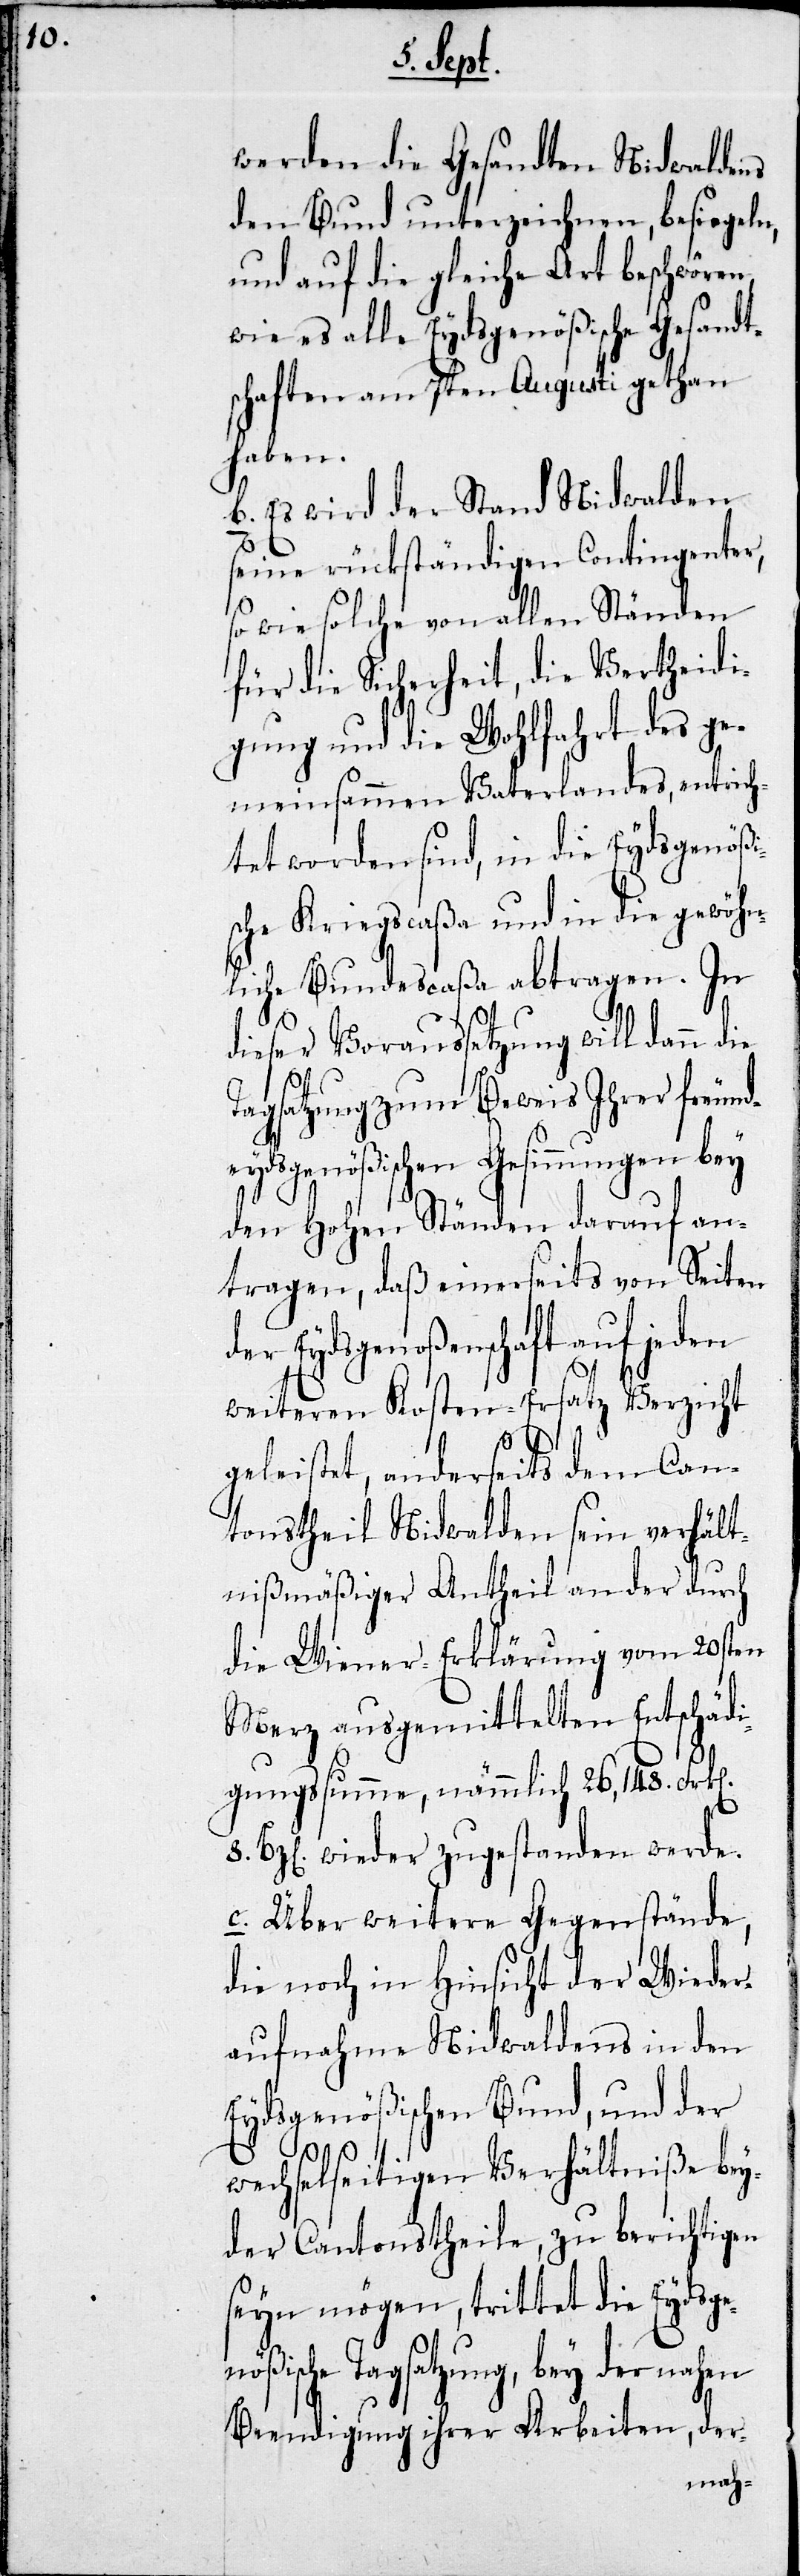
werden die Gesandten Nidwaldens
den Bund unterzeichnen, besiegeln,
und auf die gleiche Art beschwören,
wie es alle Eydsgenößische Gesandt¬
schaften am 7ten Augusti gethan
haben.
b. Es wird der Stand Nidwalden
seine rückständigen Contingenter,
so wie solche von allen Ständen
für die Sicherheit, die Vertheidi¬
gung und die Wohlfahrt des ge¬
meinsammen Vaterlandes, entrich¬
tet worden sind, in die Eydsgenößi¬
sche Kriegscaßa und in die gewöhn¬
liche Bundescaßa abtragen. In
n].
dieser Voraussetzung will dann die
Tagsatzung zum Beweis Ihrer freund¬
eydsgenößischen Gesinnungen bey
den Hohen Ständen darauf an¬
tragen, daß einerseits von Seiten
er Eydsgenoßenschaft auf jeden
weiteren Kosten-Ersatz Verzicht
geleistet, anderseits dem Can¬
tonstheil Nidwalden sein verhält¬
nißmäßiger Antheil an der durch
die Wiener-Erklärung vom 20sten
Merz ausgemittelten Entschädi¬
gungssumme, nämmlich 26,148. Frk[e¬
8. Bz[en]. wieder zugestanden werde.
c. Über weitere Gegenstände,
die noch in Hinsicht der Wieder¬
aufnahme Nidwaldens in den
Eydsgenößischen Bund, und der
wechselseitigen Verhältniße bey¬
der Cantonstheile, zu berichtigen
seyn mögen, trittet die Eydsgen¬
ößische Tagsatzung, bey der nahen
Beendigung ihrer Arbeiten, der-